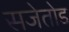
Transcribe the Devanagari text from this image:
सजेतोड